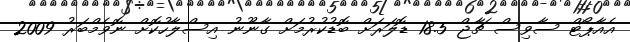
އެއާޕޯޓް ސާވިސް ޗާޖް 18.5 ޑޮލަރަށް ބޮޑުކުރުމަށް ގާނޫނު އިސްލާހުކޮށް ނޮވެމްބަރު 2009